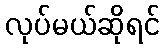
လုပ်မယ်ဆိုရင်